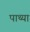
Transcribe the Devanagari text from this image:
पाथ्या